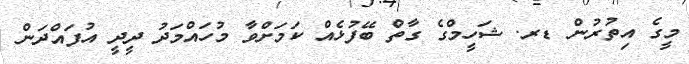
މީގެ އިތުރުން ޑރ. ޝަހީމްގެ ގާތް ބޭފުޅެއް ކަމަށްވާ މުހައްމަދު ދީދީ އުފައްދަން